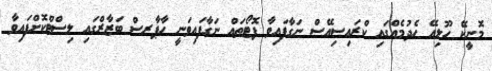
މޮނީކޭ ހޫލިއޭ ހެދުމެއްގައި ކްރައިސިއޭސް ނަގާފައިވާ ފޮޓޯތައް ނަގާފައިވަނީ ހާޕާރސް ބަޒާރްގައި ލިސްޓްކޮށްފައިވާ